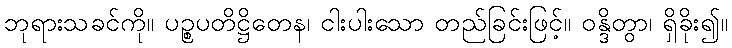
ဘုရားသခင်ကို။ ပဉ္စပတိဋ္ဌိတေန၊ ငါးပါးသော တည်ခြင်းဖြင့်။ ဝန္ဒိတွာ၊ ရှိခိုး၍။